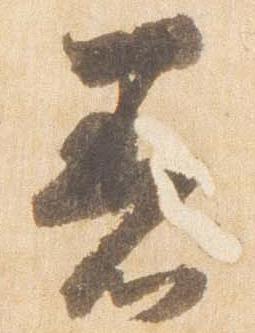
着